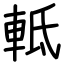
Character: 軧